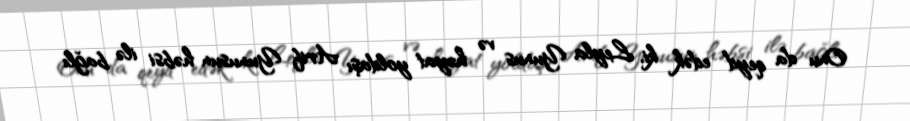
Onu da qeyd edək ki, Leyla Yunus və həyat yoldaşı Arif Yunusun həbsi ilə bağlı